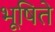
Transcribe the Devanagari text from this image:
भूषिते